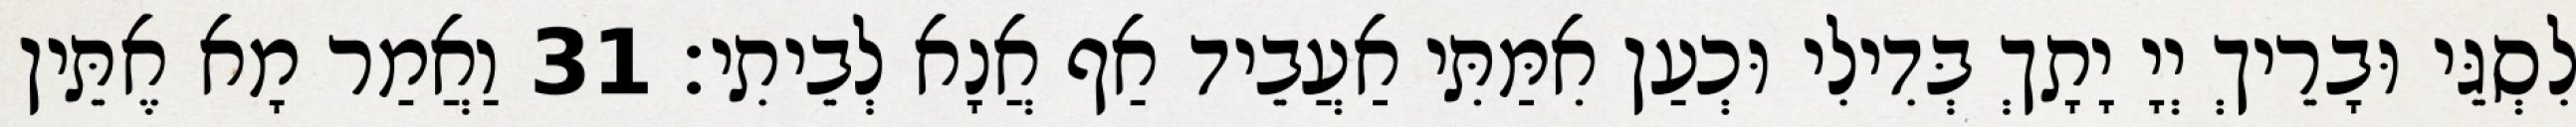
לִסְגֵּי וּבָרֵיךְ יְיָ יָתָךְ בְּדִילִי וּכְעַן אִמַּתִּי אַעֲבֵיד אַף אֲנָא לְבֵיתִי׃ 31 וַאֲמַר מָא אֶתֵּין